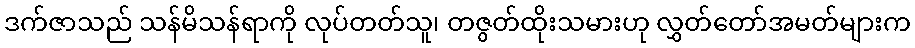
ဒက်ဇာသည် သန်မိသန်ရာကို လုပ်တတ်သူ၊ တဇွတ်ထိုးသမားဟု လွှတ်တော်အမတ်များက